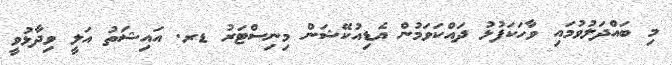
މި ބައްދަލުވުމައި ވާހަކަފުޅު ދައްކަވަމުން އެޑިއުކޭޝަން މިނިސްޓަރު ޑރ. އައިޝަތު އަލީ ވިދާޅުވީ